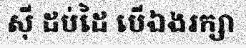
ស៊ី ដប់ដៃ បើឯងរក្សា